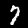
Digit: 7